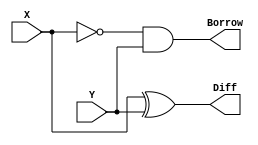
module half_subtractor (output Diff, Borrow, input X, Y);

   wire a;
	
	xor x1 (Diff, X, Y);
	not n1 (a, X);
	and a1 (Borrow, a, Y);
	
endmodule